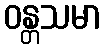
ဝန္တသမာ